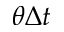
\theta \Delta t